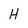
Character: H